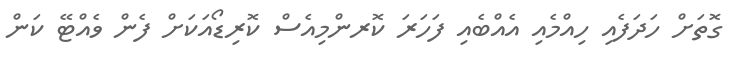
ގޮތަށް ހަދަފެއި ހިއްމެއި އެއްބެއި ފަހަރަ ކޮރންމިއެސް ކޮރިޑޯއަކަށް ފެން ވެއްޓޭ ކަން